Report on horse surra - Volume II, Part II
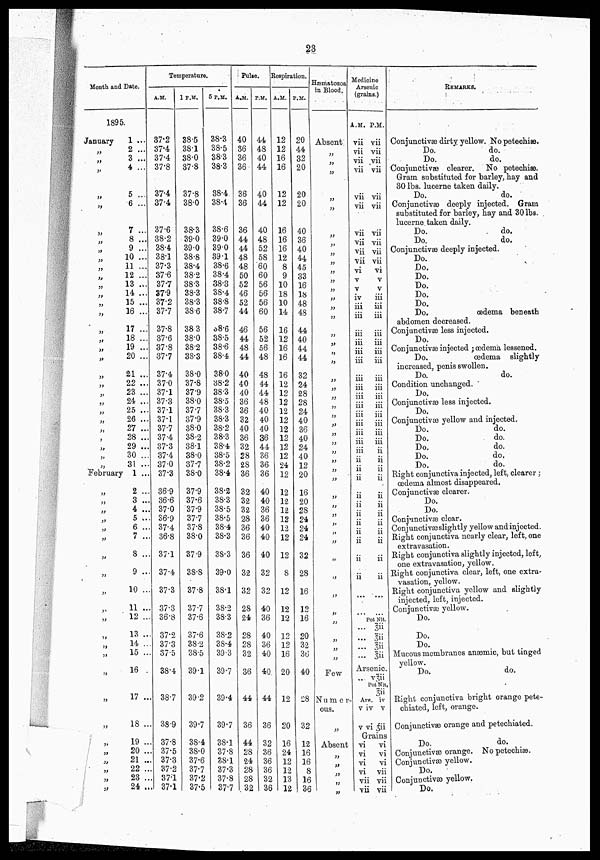
23
Month and Date.
1895.
January
„
„
„
„
„
„
„
„
„
„
„
„
„
,
„
„
„
„
„
„
„
„
„
„
„
„
„
„
February
„
„
„
„
„
„
„
„
„
„
„
„
„
„
„
„
„
„
„
„
„
„
„
1 ...
2 ...
3 ...
4 ...
5 ...
6 ...
7 ...
8 ...
9 ...
10 ...
11 ...
12 ...
13 ...
14 ...
15 ...
16 ...
17 ...
18 ...
19 ...
20 ...
21 ...
22 ...
23 ...
24 ...
25 ...
26 ...
27 ...
28 ...
29 ...
30 ...
31 ...
1 ...
2 ...
3 ...
4 ...
5 ..
6 ...
7 ..
S ..
9 ..
10 ..
11 ..
12 ..
13 ..
14 ..
15 ..
16
17 ..
18 ..
19 ..
20 ..
21 ..
22 ..
23 ..
24 ..
Temperature.
A. M.
37.2
37.4
37.4
37.8
37.4
37.4
37.6
38.2
38.4
38.1
37.3
37.6
37.7
37.9
37.2
37.7
37.8
37.6
37.8
37.7
37.4
37.0
37.1
37.3
37.1
37.1
37.7
37.4
37.3
37.4
37.0
37.3
36.9
36.6
37.0
36.9
37.4
36.8
37.1
37.4
37.3
37.3
36.8
37.2
37.3
37.5
38.4
38.7
38.9
37.8
37.5
37.3
37.2
37.1
37.1
1 P.M.
38.5
38.1
38.0
37.8
37.8
38.0
38.3
39.0
39.0
38.8
38.4
38.2
38.3
38.3
38.3
38.6
38.3
38.0
38.2
38.3
38.0
37.8
37.9
38.0
37.7
37.9
38.0
38.2
38.1
38.0
37.7
38.0
37.9
37.6
37.9
37.7
37.8
38.0
37.9
38.8
37.8
37.7
37.6
37.6
38.2
38.5
39.1
39.2
39.7
38.4
38.0
37.6
37.7
37.2
37.5
5 P.M.
38.3
38.5
38.3
38.3
38.4
38.4
38.6
39.0
39.0
39.1
38.6
38.4
38.3
38.4
38.8
38.7
38.6
38.5
38.6
38.4
38.0
38.2
38.3
38.5
38.3
38.3
38.2
38.3
38.4
38.5
38.2
38.4
38.2
38.3
38.5
38.5
38.4
38.3
38.3
39.0
38.1
38.2
38.3
38.2
38.4
39.3
39.7
39.4
39.7
38.1
37.8
38.1
37.3
37.8
37.7
Pulse.
A.M.
40
36
36
36
36
36
36
44
44
48
48
50
52
46
52
44
46
44
48
44
40
40
40
36
36
32
40
36
32
28
28
36
32
32
32
28
36
36
36
32
32
28
24
28
28
32
36
44
36
44
28
24
28
28
32
P.M.
44
48
40
44
40
44
40
48
52
58
60
60
56
56
56
60
56
52
56
48
48
44
44
48
40
40
40
36
44
36
36
36
40
40
36
36
40
40
40
32
32
40
36
40
36
40
40
44
36
32
36
36
36
32
36
Respiration,
A.M.
12
12
16
16
12
12
16
16
16
12
8
9
10
18
10
14
16
12
16
16
16
12
12
12
12
12
12
12
12
12
24
12
12
12
12
12
12
12
12
8
12
12
12
12
12
16
20
12
20
16
24
12
12
13
12
P.M.
20
44
32
20
20
20
40
36
40
44
45
33
16
18
48
48
44
40
44
44
32
24
28
28
24
40
36
40
24
40
12
20
16
20
28
24
24
24
32
28
16
12
16
20
32
36
40
28
32
12
16
16
8
16
36
Hæmatozoa
in Blood,
Absent
„
„
„
„
„
„
„
„
„
„
„
„
„
„
„
„
„
„
„
„
„
„
„
„
„
„
„
„
„
„
„
„
„
„
„
„
„
„
„
„
„
„
„
„
„
Few
Numer
ous.
„
Absent
„
„
„
„
„
Medicine
Arsenic
(grains.)
A.M.
vii
vii
vii
vii
vii
vii
vii
vii
vii
vii
vi
V
V
iv
iii
iii
iii
iii
iii
iii
iii
iii
iii
iii
iii
iii
ii
ii
ii
ii
ii
ii
ii
ii
ii
ii
...
...
...
Arsenic.
Ars
v
v
vi
vi
vi
vi
vii
vii
P.M.
vii
vii
vii
vii
vii
vii
vii
vii
vii
vii
vi
V
V
iii
iii
iii
iii
iii
iii
iii
iii
iii
iii
iii
iii
ii
ii
ii
ii
ii
ii
ii
ii
ii
ii
ii
...
Pot Nit.
3ii
3ii
3ii
3ii
v3ii
Pot Nit,
3ii
iv
iv v
vi 3ii
Grains
vi
vi
vi
vii
vii
vii
REMARKS.
Conjunctivæ dirty yellow. No petechiæ.
Do.
do.
Do.
do.
Conjunctivæ clearer. No petechiæ.
Gram substituted for barley, hay and
30 lbs. lucerne taken daily.
Do.
do.
Conjunctivæ deeply injected. Gram
substituted for barley, hay and 30 lbs.
lucerne.taken daily.
Do.
do.
Do.
do.
Conjunctivæ deeply injected.
Do.
Do.
Do.
Do.
Do.
Do.
Do.
oedema beneath
abdomen decreased.
Conjunctivæ less injected.
Do.
Conjunctivæ injected ; œdema lessened.
Do.
oedema slightly
increased, penis swollen.
Do.
do.
Condition unchanged.
Do.
Conjunctivæ less injected.
Do.
Conjunctivæ yellow and injected.
Do.
do.
Do.
do.
Do.
do.
Do.
do.
Do.
do.
Right conjunctiva injected, left, clearer;
oedema almost disappeared.
Conjunctivæ clearer.
Do.
Do.
Conjunctivæ clear.
Conjunctivæ slightly yellow andinjected,
Right conjunctiva nearly clear, left, one
extravasation.
Right conjunctiva slightly injected, lef t,
one extravasation, yellow.
Right conjunctiva clear, left, one extra-
vasation, yellow.
Right conjunctiva yellow and slightly
injected, left, injected.
Conjunctivæ yellow.
Do.
Do.
Do.
Mucous membranes anæmic, but tinged
yellow.
Do.
do.
Right conjunctiva bright orange pete-
chiated, left, orange.
Conjunctivæ orange and petechiated.
Do.
do.
Conjunctivæ orange. No petechiæ.
Conjunctivæyellow.
Do.
Conjunctivæ yellow.
Do.